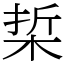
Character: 梊